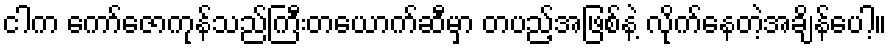
ငါက ကော်ဇောကုန်သည်ကြီးတယောက်ဆီမှာ တပည့်အဖြစ်နဲ့ လိုက်နေတဲ့အချိန်ပေါ့။